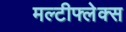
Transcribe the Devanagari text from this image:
मल्टीफ्लेक्स